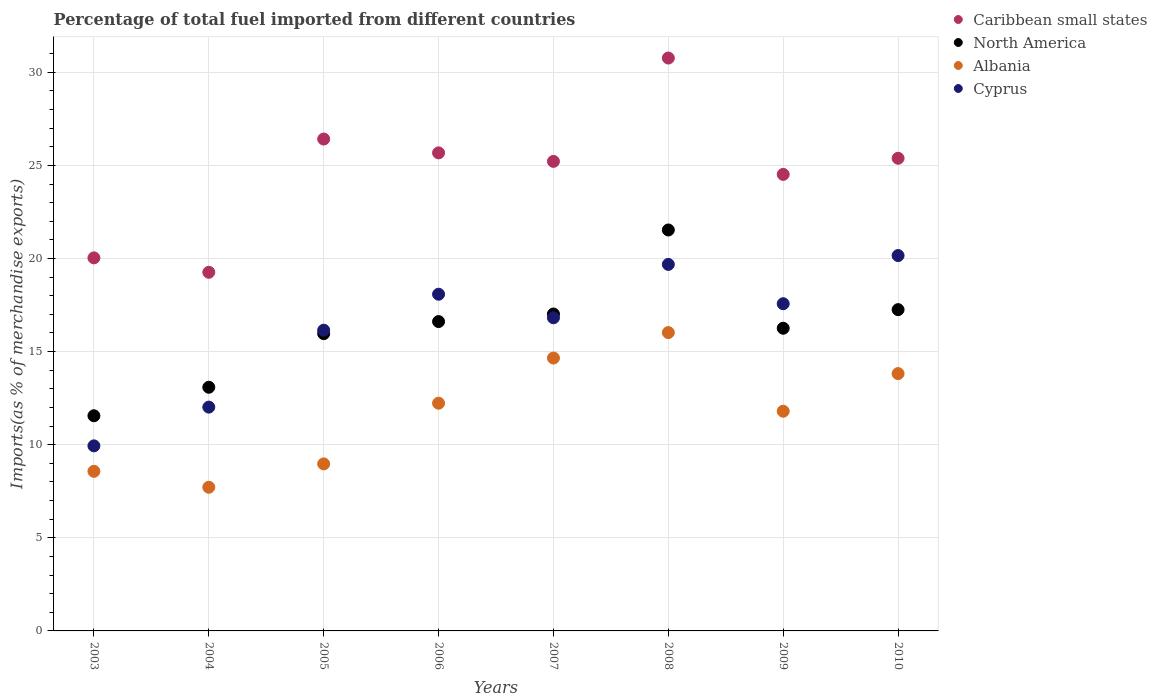
| Years | Caribbean small states | North America | Albania | Cyprus |
 | --- | --- | --- | --- | --- |
 | 2003 | 20 | 11.6 | 8.57 | 9.94 |
 | 2004 | 19.3 | 13.1 | 7.71 | 12 |
 | 2005 | 26.4 | 16 | 8.97 | 16.1 |
 | 2006 | 25.7 | 16.6 | 12.2 | 18.1 |
 | 2007 | 25.2 | 17 | 14.7 | 16.8 |
 | 2008 | 30.8 | 21.5 | 16 | 19.7 |
 | 2009 | 24.5 | 16.3 | 11.8 | 17.6 |
 | 2010 | 25.4 | 17.3 | 13.8 | 20.2 |